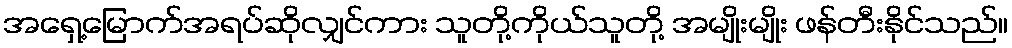
အရှေ့မြောက်အရပ်ဆိုလျှင်ကား သူတို့ကိုယ်သူတို့ အမျိုးမျိုး ဖန်တီးနိုင်သည်။